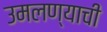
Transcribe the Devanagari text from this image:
उमलण्याची